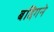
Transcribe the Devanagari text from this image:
बद्दिगने